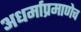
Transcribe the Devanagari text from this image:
अधर्माप्रमाणेच